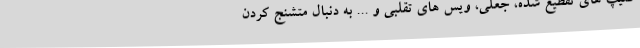
کلیپ های تقطیع شده، جعلی، ویس های تقلبی و ... به دنبال متشنج کردن